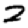
Digit: 2